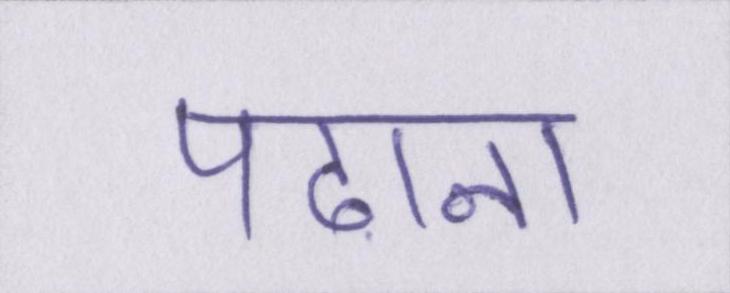
पढाना